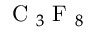
{ \mathrm { ~ C ~ } } _ { 3 } { \mathrm { ~ F ~ } } _ { 8 }